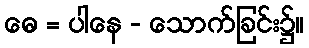
ဓေ = ပါနေ - သောက်ခြင်း၌။